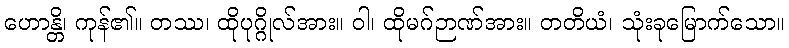
ဟောန္တိ၊ ကုန်၏။ တဿ၊ ထိုပုဂ္ဂိုလ်အား။ ဝါ၊ ထိုမဂ်ဉာဏ်အား။ တတိယံ၊ သုံးခုမြောက်သော။